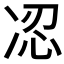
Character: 𠗋